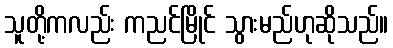
သူတို့ကလည်း ကညင်မြိုင် သွားမည်ဟုဆိုသည်။